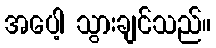
အပေါ့ သွားချင်သည်။